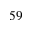
^ { 5 9 }